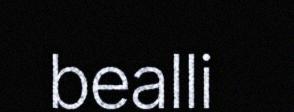
bealli